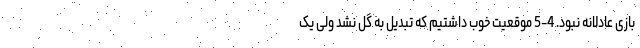
بازی عادلانه نبود. 4-5 موقعیت خوب داشتیم که تبدیل به گل نشد ولی یک